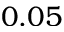
0 . 0 5